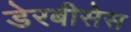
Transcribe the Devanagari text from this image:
डेरबीसेस